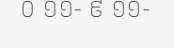
០ ១១- ៩ ១១-